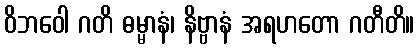
ဝိဘဝေါ ဂတိ ဓမ္မာနံ၊ နိဗ္ဗာနံ အရဟတော ဂတီတိ။